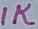
Text: 1K